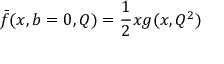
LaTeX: \bar { f } ( x , b = 0 , Q ) = { \frac { 1 } { 2 } } x g ( x , Q ^ { 2 } )